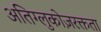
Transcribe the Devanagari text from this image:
अतिग्लुकोज़रक्तता